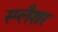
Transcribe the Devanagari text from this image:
स्प्लैशर